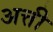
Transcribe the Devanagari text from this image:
अत्ती